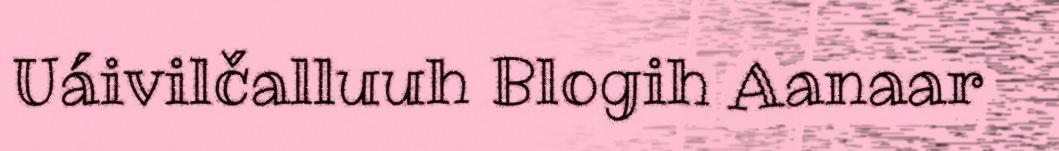
Uáivilčalluuh Blogih Aanaar